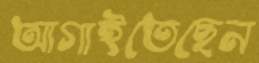
আগাইতেছেন